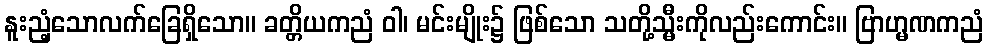
နူးညံ့သောလက်ခြေရှိသော။ ခတ္တိယကညံ ဝါ၊ မင်းမျိုး၌ ဖြစ်သော သတို့သ္မီးကိုလည်းကောင်း။ ဗြာဟ္မဏကညံ